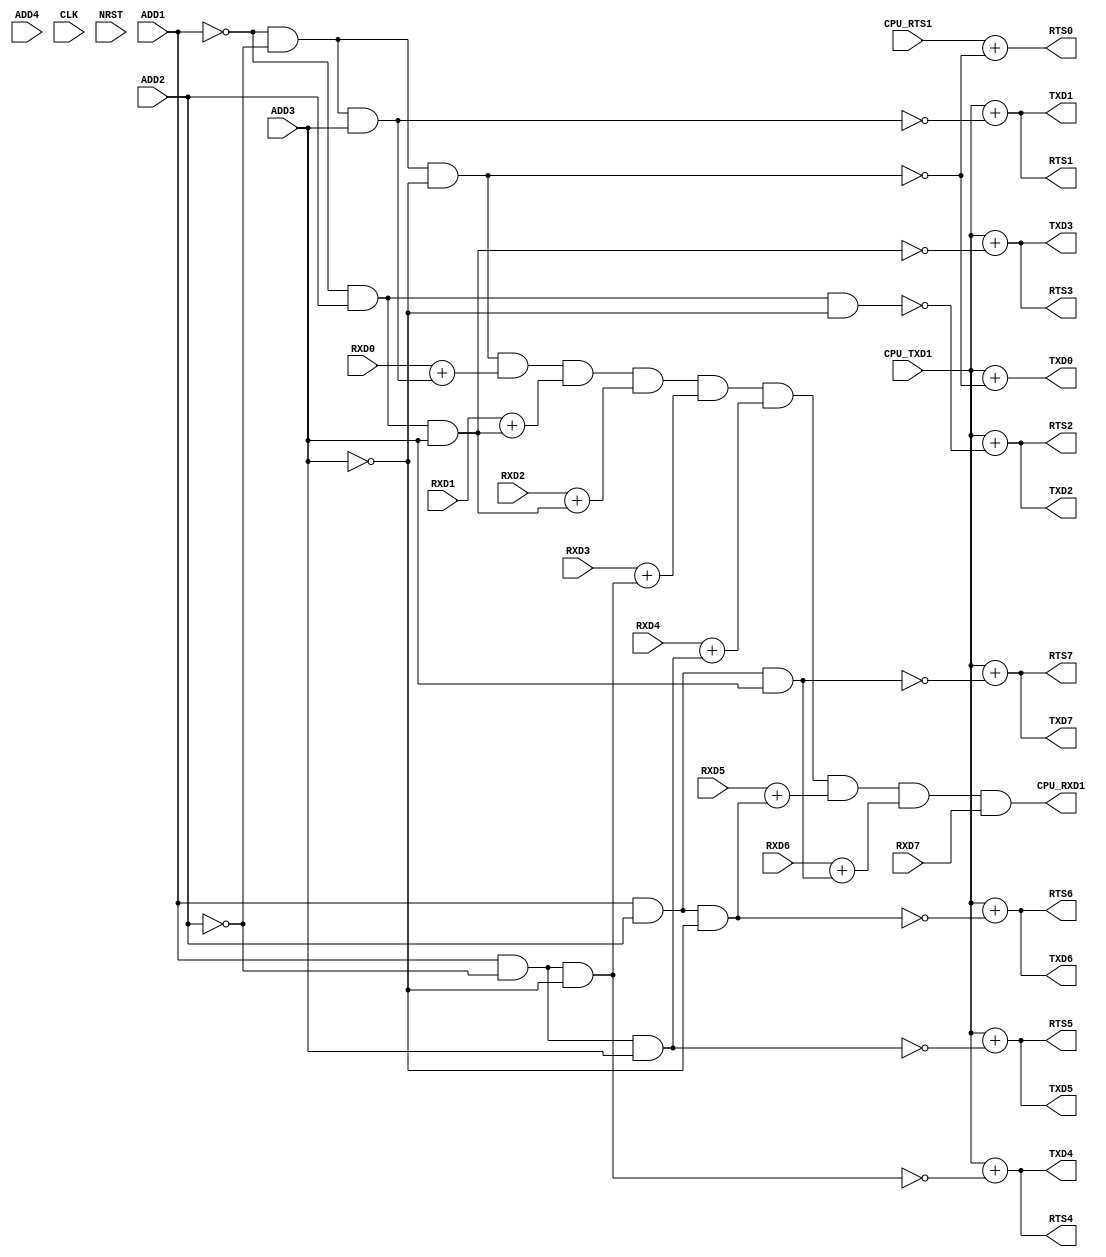
module CPLD_RS485(CPU_RXD1,CPU_RTS1,CPU_TXD1,TXD0,TXD1,TXD2,TXD3,TXD4,TXD5,TXD6,TXD7,RXD0,
           RXD1,RXD2,RXD3,RXD4,RXD5,RXD6,RXD7, ADD1,ADD2,ADD3,ADD4,RTS0,RTS1,RTS2,RTS3,RTS4,RTS5,RTS6,RTS7, CLK,NRST);
			  
output CPU_RXD1,TXD0,TXD1,TXD2,TXD3,TXD4,TXD5,TXD6,TXD7,RTS0,RTS1,RTS2,RTS3,RTS4,RTS5,RTS6,RTS7;
input  CPU_TXD1,RXD0,RXD1,RXD2,RXD3,RXD4,RXD5,RXD6,RXD7, ADD1,ADD2,ADD3,ADD4,CPU_RTS1,CLK,NRST;




assign CPU_RXD1=(!ADD1 &&!ADD2 &&!ADD3)&&RXD0+(!ADD1 && !ADD2 && ADD3) &&RXD1+
                (!ADD1 &&ADD2 && ADD3)&&RXD2+(!ADD1 && ADD2 &&  ADD3)&&RXD3+        
                (ADD1 && !ADD2 && !ADD3)&&RXD4+(ADD1 && !ADD2 && ADD3)&&RXD5+
					 (ADD1 && ADD2 && !ADD3)&&RXD6+(ADD1 && ADD2 && ADD3)&&RXD7;

assign TXD0=CPU_TXD1+ ~(!ADD1 && !ADD2 && !ADD3);   //000
assign TXD1=CPU_TXD1+~(!ADD1 && !ADD2 && ADD3);     //001
assign TXD2=CPU_TXD1+~(!ADD1 && ADD2 && !ADD3);     //010
assign TXD3=CPU_TXD1+~(!ADD1 && ADD2 &&  ADD3);     //011
assign TXD4=CPU_TXD1+~(ADD1 && !ADD2 && !ADD3);     //100
assign TXD5=CPU_TXD1+~(ADD1 && !ADD2 && ADD3);      //101
assign TXD6=CPU_TXD1+~(ADD1 && ADD2 && !ADD3);      //110
assign TXD7=CPU_TXD1+~(ADD1 && ADD2 && ADD3);       //111 


assign RTS0=CPU_RTS1+~(!ADD1 && !ADD2 && !ADD3);
assign RTS1=CPU_TXD1+~(!ADD1 && !ADD2 && ADD3);	
assign RTS2=CPU_TXD1+~(!ADD1 && ADD2 && !ADD3);
assign RTS3=CPU_TXD1+~(!ADD1 && ADD2 && ADD3);	
assign RTS4=CPU_TXD1+~( ADD1 && !ADD2 && !ADD3);	
assign RTS5=CPU_TXD1+~(ADD1 && !ADD2 && ADD3);
assign RTS6=CPU_TXD1+~(ADD1 && ADD2 && !ADD3);
assign RTS7=CPU_TXD1+~(ADD1 && ADD2 && ADD3);

endmodule